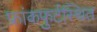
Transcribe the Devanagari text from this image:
फ्रांकफुर्टस्थित